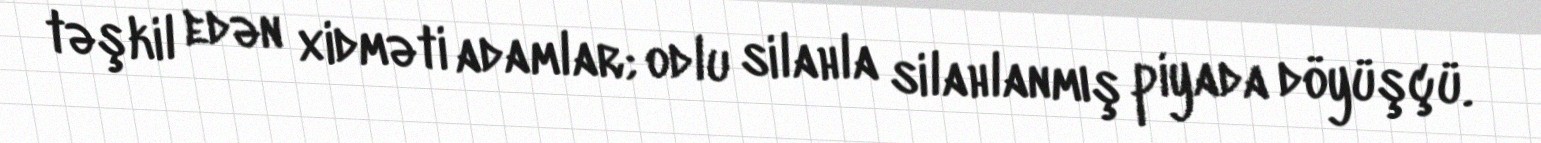
təşkil edən xidməti adamlar; odlu silahla silahlanmış piyada döyüşçü.